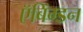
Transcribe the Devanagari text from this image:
ऍबिंग्डन